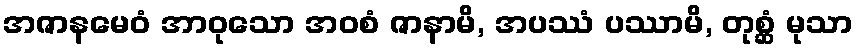
အဇာနမေဝံ အာဝုသော အဝစံ ဇာနာမိ, အပဿံ ပဿာမိ, တုစ္ဆံ မုသာ